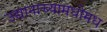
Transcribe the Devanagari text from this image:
उद्यानाच्यामधोमध